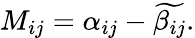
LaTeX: \begin{array}{r}{M_{ij}=\alpha_{ij}-\widetilde{\beta_{ij}}.}\end{array}